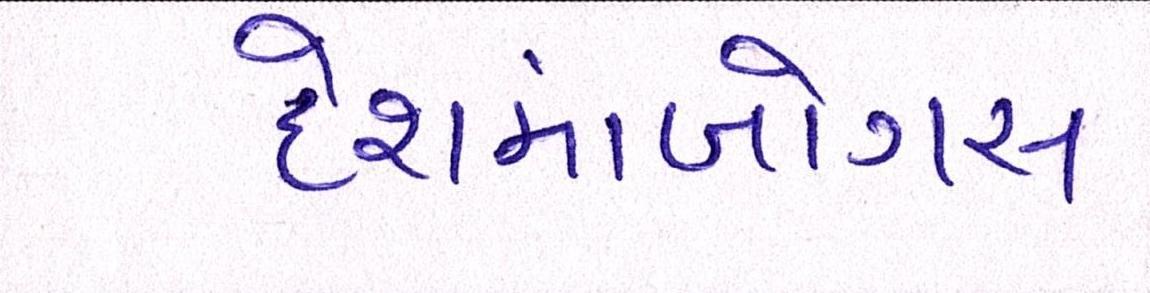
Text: દેશમાંબોગસ